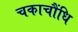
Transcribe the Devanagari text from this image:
चकाचौंधि